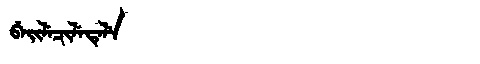
Manchu: ᠪᡝᡳᠯᡝᠴᡳᠯᡝᡨᡝᠯᡝ
Romanization: BEILECILETELE